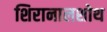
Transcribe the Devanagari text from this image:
शिरानालशोथ